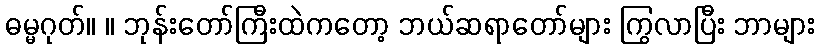
ဓမ္မဂုတ်။ ။ ဘုန်းတော်ကြီးထဲကတော့ ဘယ်ဆရာတော်များ ကြွလာပြီး ဘာများ